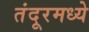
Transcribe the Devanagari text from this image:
तंदूरमध्ये